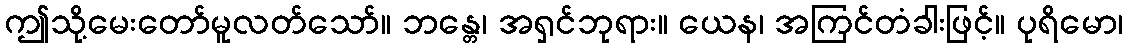
ဤသို့မေးတော်မူလတ်သော်။ ဘန္တေ၊ အရှင်ဘုရား။ ယေန၊ အကြင်တံခါးဖြင့်။ ပုရိမော၊